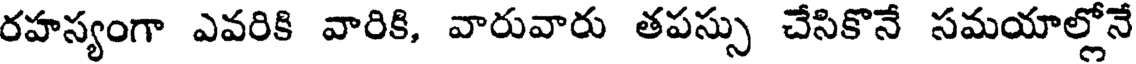
రహస్యంగా ఎవరికి వారికి, వారువారు తపస్సు చేసికొనే సమయాల్లోనే